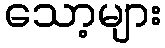
သော့များ